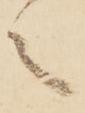
之